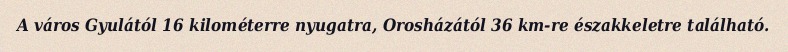
A város Gyulától 16 kilométerre nyugatra, Orosházától 36 km-re északkeletre található.